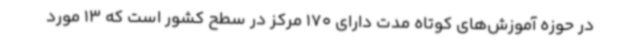
در حوزه آموزش‌های کوتاه مدت دارای 170 مرکز در سطح کشور است که 13 مورد